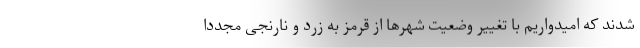
شدند که امیدواریم با تغییر وضعیت شهرها از قرمز به زرد و نارنجی مجددا